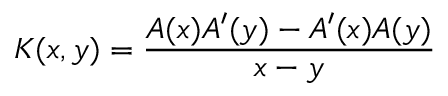
K ( x , y ) = { \frac { A ( x ) A ^ { \prime } ( y ) - A ^ { \prime } ( x ) A ( y ) } { x - y } }